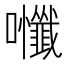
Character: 𭍃